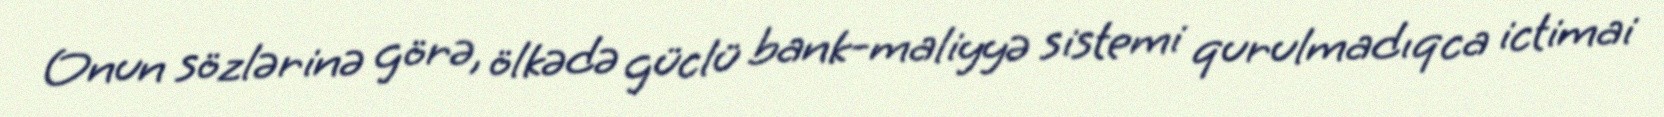
Onun sözlərinə görə, ölkədə güclü bank-maliyyə sistemi qurulmadıqca ictimai